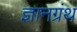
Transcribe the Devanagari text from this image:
ज्ञानग्रंथ